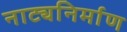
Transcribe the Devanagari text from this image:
नाट्यनिर्माण